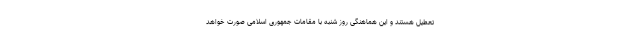
تعطیل هستند و این هماهنگی روز شنبه با مقامات جمهوری اسلامی صورت خواهد